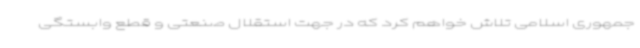
جمهوری اسلامی تلاش خواهم کرد که در جهت استقلال صنعتی و قطع وابستگی